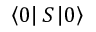
\left< 0 \right| { \cal { S } } \left| 0 \right>